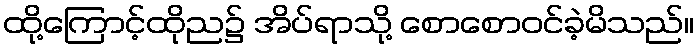
ထို့ကြောင့်ထိုည၌ အိပ်ရာသို့ စောစောဝင်ခဲ့မိသည်။